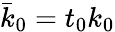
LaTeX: \bar{k}_{0}=t_{0}k_{0}